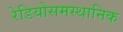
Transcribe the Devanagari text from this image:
रेडियोसमस्थानिक